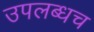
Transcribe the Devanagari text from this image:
उपलब्धच